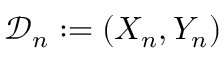
\mathcal { D } _ { n } : = ( X _ { n } , Y _ { n } )